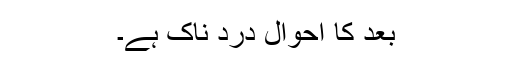
بعد کا احوال درد ناک ہے۔